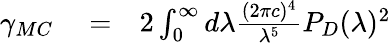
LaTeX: \begin{array}{rlr}{\gamma_{MC}}&{{}=}&{2\int_{0}^{\infty}d\lambda\frac{(2\pi{c})^{4}}{\lambda^{5}}P_{D}(\lambda)^{2}}\end{array}